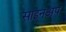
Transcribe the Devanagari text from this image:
साइनअप